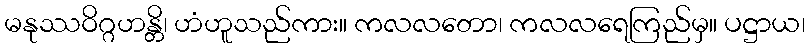
မနုဿဝိဂ္ဂဟန္တိ၊ ဟံဟူသည်ကား။ ကလလတော၊ ကလလရေကြည်မှ။ ပဋ္ဌာယ၊